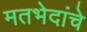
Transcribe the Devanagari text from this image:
मतभेदांचे